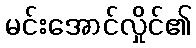
မင်းအောင်လှိုင်၏